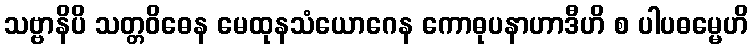
သဗ္ဗာနိပိ သတ္တဝိဓေန မေထုနသံယောဂေန ကောဓုပနာဟာဒီဟိ စ ပါပဓမ္မေဟိ